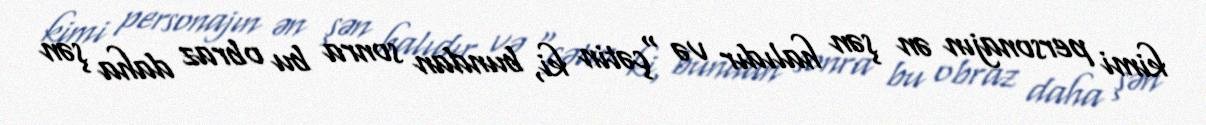
kimi personajın ən şən halıdır və “çətin ki, bundan sonra bu obraz daha şən